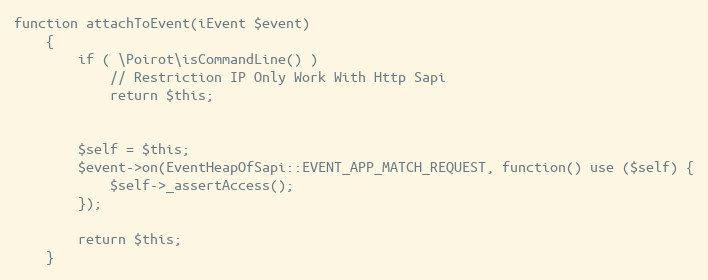
Language: PHP
function attachToEvent(iEvent $event)
    {
        if ( \Poirot\isCommandLine() )
            // Restriction IP Only Work With Http Sapi
            return $this;

        $self = $this;
        $event->on(EventHeapOfSapi::EVENT_APP_MATCH_REQUEST, function() use ($self) {
            $self->_assertAccess();
        });

        return $this;
    }